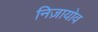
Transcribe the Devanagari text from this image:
निज़ायोव